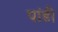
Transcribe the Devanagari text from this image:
पांडी